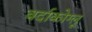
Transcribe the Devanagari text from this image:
बर्दाकोग्लू